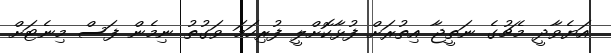
އަޔެވާދީ މެޗުގެ ނަތީޖާ އިތުރަށް ފުޅާކޮށްލީ ފުރިހަމަ ވަގުތު ނިމެން ފަސް މިނެޓަށް